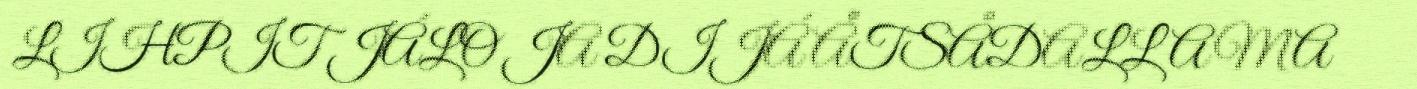
LIHPIT JÁLO JA DIJÁ ÅTSÅDALLAMA